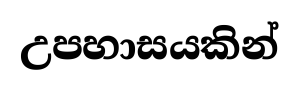
උපහාසයකින්